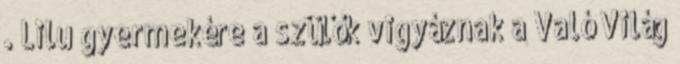
. Lilu gyermekére a szülők vigyáznak a Való Világ